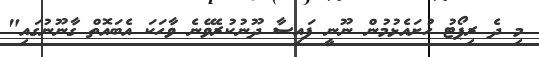
މި ދެ ރިޕޯޓު ހުށައެޅުމުން ނޫނީ ފައިސާ ދޫނުކުރެވޭނެ ވާހަކަ އެބައޮތް ގާނޫނުގައި"